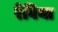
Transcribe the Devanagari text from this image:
रेविया